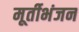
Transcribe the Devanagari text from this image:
मूर्तीभंजन